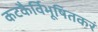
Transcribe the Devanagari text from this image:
कटकैर्विभूषितकरं